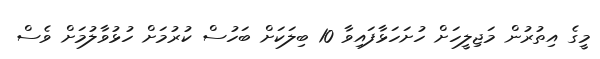
މީގެ އިތުރުން މަޖިލީހަށް ހުށަހަޅާފައިވާ 10 ބިލަކަށް ބަހުސް ކުރުމަށް ހުޅުވާލުމަށް ވެސް